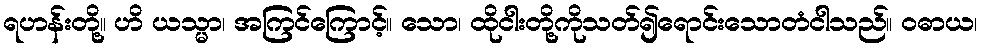
ရဟန်းတို့။ ဟိ ယသ္မာ၊ အကြင်ကြောင့်။ သော၊ ထိုငါးတို့ကိုသတ်၍ရောင်းသောတံငါသည်။ ဝဓာယ၊